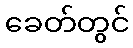
ခေတ်တွင်